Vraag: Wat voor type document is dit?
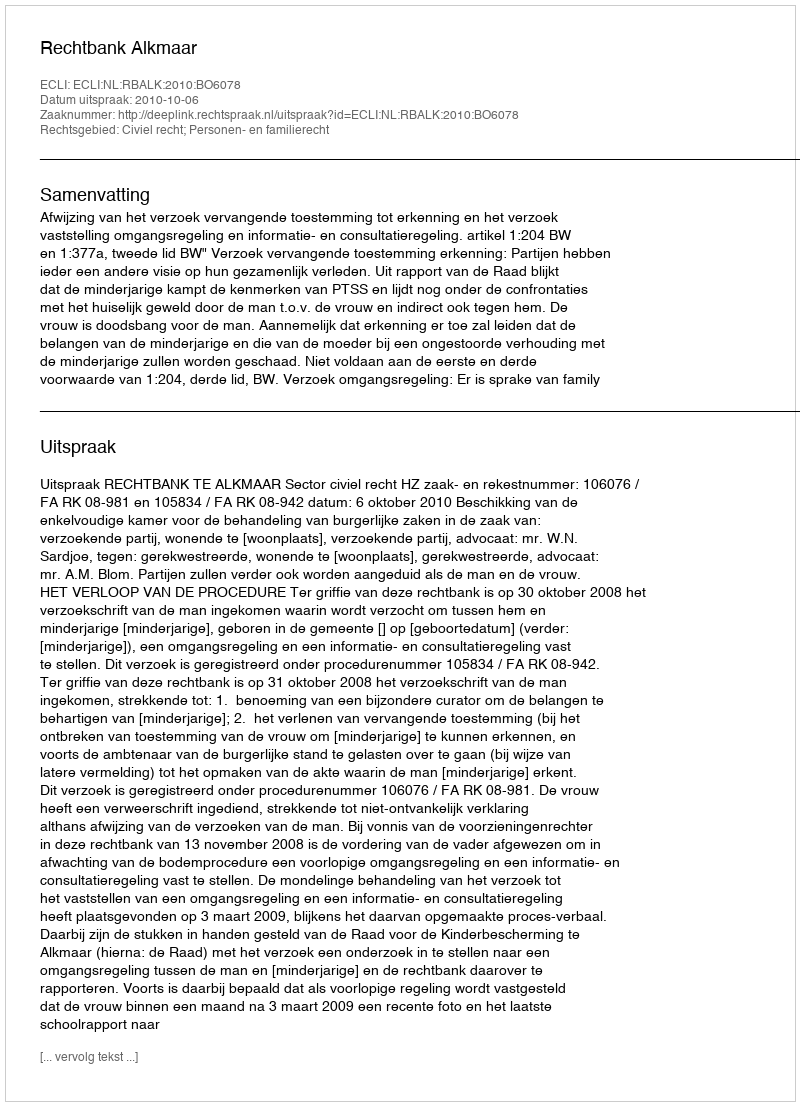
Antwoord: Uitspraak